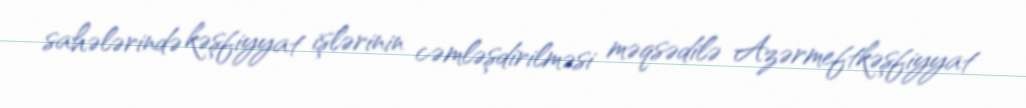
sahələrində kəşfiyyat işlərinin cəmləşdirilməsi məqsədilə Azərmeftkəşfiyyat